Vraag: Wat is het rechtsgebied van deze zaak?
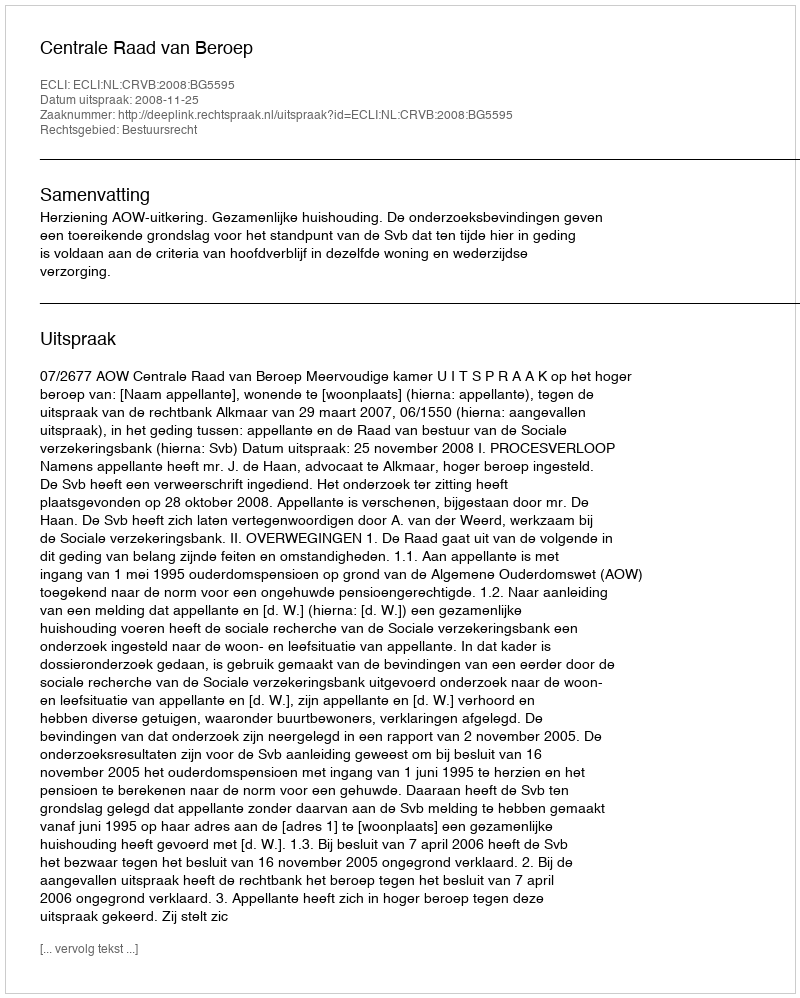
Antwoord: Bestuursrecht